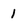
Character: 1